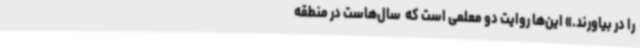
را در بیاورند.» این‌ها روایت دو معلمی است که ‌ سال‌هاست در منطقه